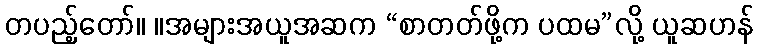
တပည့်တော်။ ။အများအယူအဆက “စာတတ်ဖို့က ပထမ”လို့ ယူဆဟန်